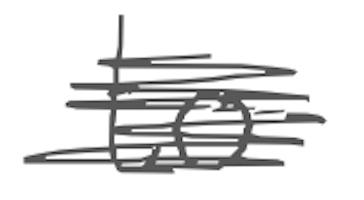
Text: to
Cross-out: scratch
Writing tool: digital_gray